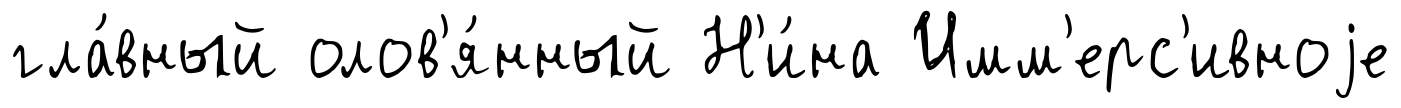
гла́вный олов'я́нный Н'и́на Имм'ерс'ивноjе